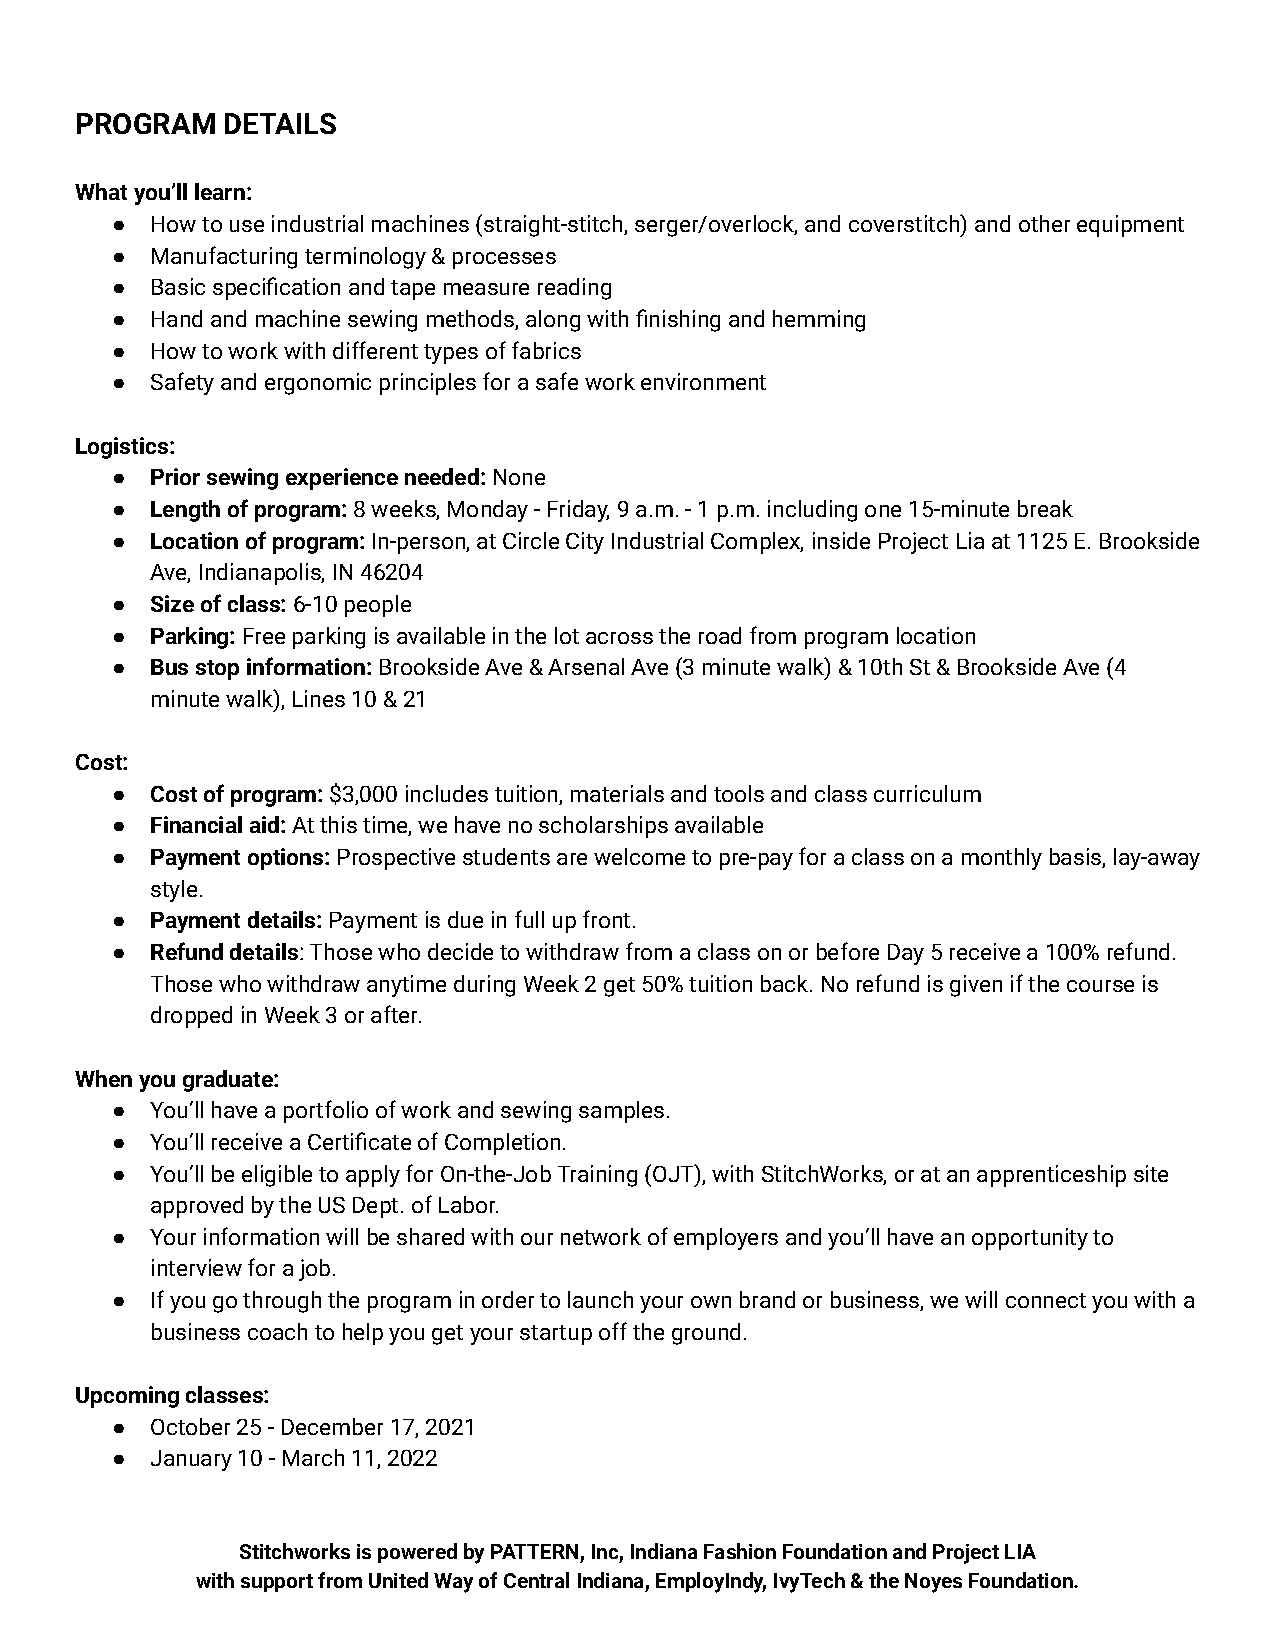
PROGRAM   DETAILS
 What you’ll learn:
 ●  How to use industrial machines (straight-stitch, serger/overlock, and coverstitch) and other equipment
 ●  Manufacturing terminology & processes
 ●  Basic specification and tape measure reading
 ●  Hand and machine sewing methods, along with finishing and hemming
 ●  How to work with different types of fabrics
 ●  Safety and ergonomic principles for a safe work environment
 Logistics:
 ●  Prior sewing experience needed:None
 ●  Length of program:8 weeks, Monday - Friday, 9 a.m.- 1 p.m. including one 15-minute break
 ●  Location of program:In-person, at Circle City IndustrialComplex, inside Project Lia at 1125 E. Brookside
 Ave, Indianapolis, IN 46204
 ●  Size of class:6-10 people
 ●  Parking:Free parking is available in the lot acrossthe road from program location
 ●  Bus stop information:Brookside Ave & Arsenal Ave(3 minute walk) & 10th St & Brookside Ave (4
 minute walk), Lines 10 & 21
 Cost:
 ●  Cost of program:$3,000 includes tuition, materialsand tools and class curriculum
 ●  Financial aid:At this time, we have no scholarshipsavailable
 ●  Payment options:Prospective students are welcometo pre-pay for a class on a monthly basis, lay-away
 style.
 ●  Payment details:Payment is due in full up front.
 ●  Refund details: Those who decide to withdraw froma class on or before Day 5 receive a 100% refund.
 Those who withdraw anytime during Week 2 get 50% tuition back. No refund is given if the course is
 dropped in Week 3 or after.
 When you graduate:
 ●  You’ll have a portfolio of work and sewing samples.
 ●  You’ll receive a Certificate of Completion.
 ●  You’ll be eligible to apply for On-the-Job Training (OJT), with StitchWorks, or at an apprenticeship site
 approved by the US Dept. of Labor.
 ●  Your information will be shared with our network of employers and you’ll have an opportunity to
 interview for a job.
 ●  If you go through the program in order to launch your own brand or business, we will connect you with a
 business coach to help you get your startup off the ground.
 Upcoming classes:
 ●  October 25 - December 17, 2021
 ●  January 10 - March 11, 2022
 Stitchworks is powered by PATTERN, Inc, Indiana Fashion Foundation and Project LIA
 with support from United Way of Central Indiana, EmployIndy, IvyTech & the Noyes Foundation.